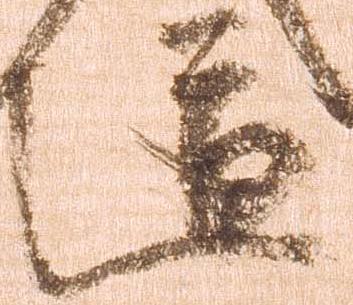
道